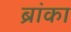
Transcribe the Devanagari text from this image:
ब्रांका